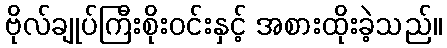
ဗိုလ်ချုပ်ကြီးစိုးဝင်းနှင့် အစားထိုးခဲ့သည်။